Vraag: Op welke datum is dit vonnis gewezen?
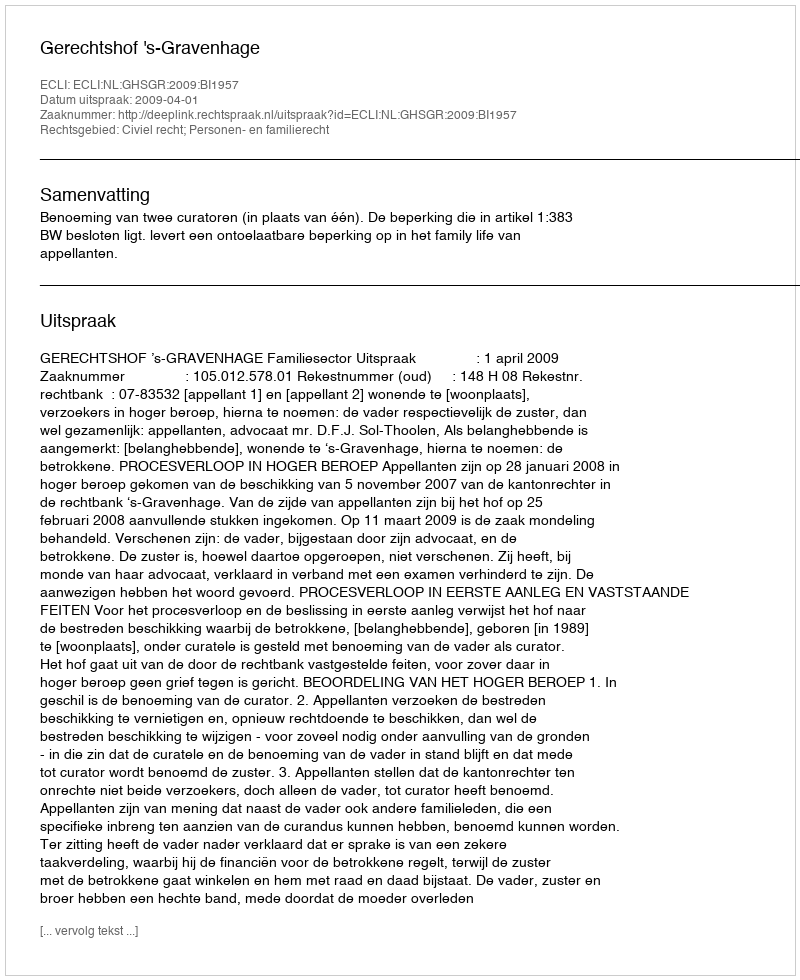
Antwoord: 2009-04-01